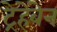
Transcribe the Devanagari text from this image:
ट्रेहेंबेन